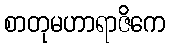
စာတုမဟာရာဇိကေ